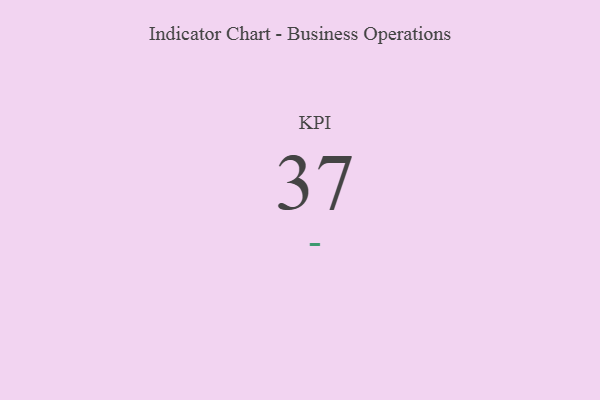
{"axis": {"x": "KPI", "y": "Value"}, "legend": [""], "data": [{"x": "KPI", "y": 37, "type": ""}]}